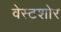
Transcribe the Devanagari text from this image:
वेस्टशोर